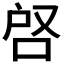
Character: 𭇪